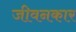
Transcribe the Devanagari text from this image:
जीवनकार